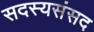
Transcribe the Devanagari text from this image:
सदस्यसंसद